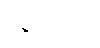
ဝိရာဓေသိ